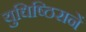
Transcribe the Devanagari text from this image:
युधिष्ठिरानें